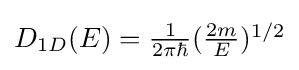
{\textstyle D_{1D}(E)={\tfrac {1}{2\pi \hbar }}({\tfrac {2m}{E}})^{1/2}}